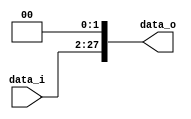
//Writer:      0416021 0416246

module Shift_Left_Two_26(
    data_i,
    data_o
    );

//I/O ports                    
input [26-1:0] data_i;
output [28-1:0] data_o;

//shift left 2
assign data_o = {data_i[25:0], 2'b0}; 
endmodule